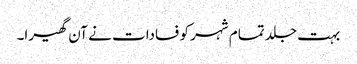
بہت جلد تمام شہر کو فسادات نے آن گھیرا۔